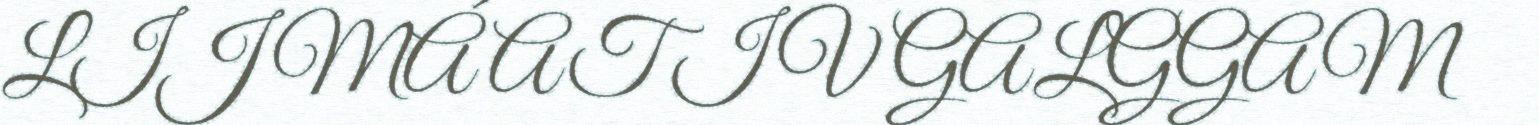
LIJ MÁ AT IV GALGGAM